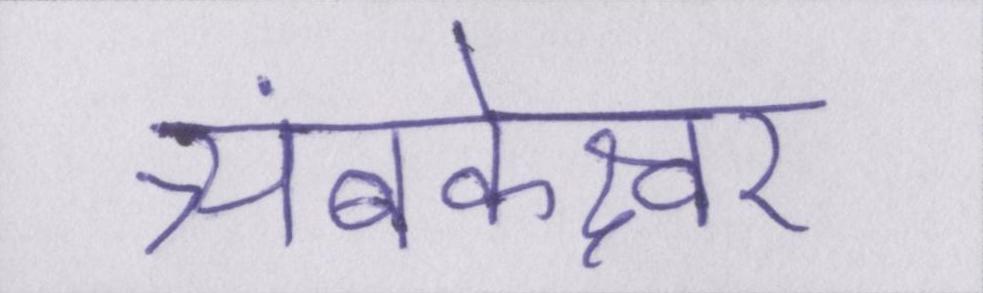
त्र्यंबकेश्वर